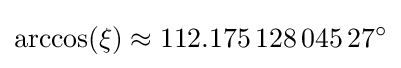
\arccos(\xi )\approx 112.175\,128\,045\,27^{\circ }